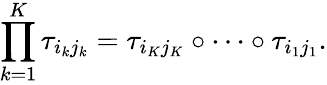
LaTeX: \prod_{k=1}^{K}\tau_{i_{k}j_{k}}=\tau_{i_{K}j_{K}}\circ\dots\circ\tau_{i_{1}j_{1}}.